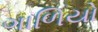
ગાળિયો